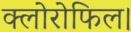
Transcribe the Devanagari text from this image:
क्लोरोफिल।